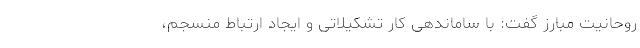
روحانیت مبارز گفت: با ساماندهی کار تشکیلاتی و ایجاد ارتباط منسجم،